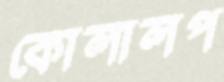
কোলালপ